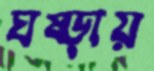
ঘষ্‌ড়ায়